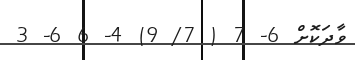
ވާދަކޮށް 6- 7 ( 7/ 9) 4- 6 6- 3